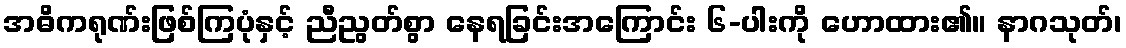
အဓိကရုဏ်းဖြစ်ကြပုံနှင့် ညီညွတ်စွာ နေရခြင်းအကြောင်း ၆-ပါးကို ဟောထား၏။ နာဂသုတ်၊